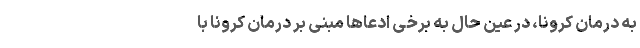
به درمان کرونا، در عین حال به برخی ادعاها مبنی بر درمان کرونا با